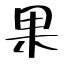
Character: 果